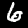
Label: 6